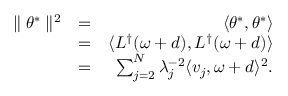
\begin{array} { r l r } { \parallel \theta ^ { * } \parallel ^ { 2 } } & { = } & { \langle \theta ^ { * } , \theta ^ { * } \rangle } \\ & { = } & { \langle L ^ { \dagger } ( \omega + d ) , L ^ { \dagger } ( \omega + d ) \rangle } \\ & { = } & { \sum _ { j = 2 } ^ { N } \lambda _ { j } ^ { - 2 } \langle v _ { j } , \omega + d \rangle ^ { 2 } . } \end{array}